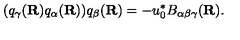
( q _ { \gamma } ( { \bf R } ) q _ { \alpha } ( { \bf R } ) ) q _ { \beta } ( { \bf R } ) = - u _ { 0 } ^ { * } B _ { \alpha \beta \gamma } ( { \bf R } ) .